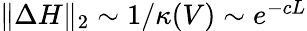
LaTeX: \begin{array}{r}{\| \Delta H\| _{2}\sim 1/\kappa(V)\sim e^{-cL}}\end{array}